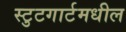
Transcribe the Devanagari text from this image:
स्टुटगार्टमधील